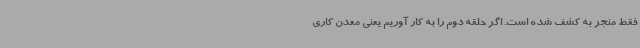
فقط منجر به کشف شده است. اگر حلقه دوم را به کار آوریم یعنی معدن کاری